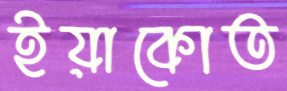
ইয়াকোত